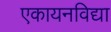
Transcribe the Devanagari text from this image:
एकायनविद्या